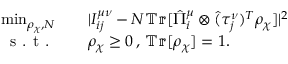
\begin{array} { r l } { \operatorname* { m i n } _ { \rho _ { \chi } , N } \quad } & { | I _ { i j } ^ { \mu \nu } - N \mathbb { T r } [ \hat { \Pi } _ { i } ^ { \mu } \otimes \hat { ( } \tau _ { j } ^ { \nu } ) ^ { T } \rho _ { \chi } ] | ^ { 2 } } \\ { \textrm { s . t . } \quad } & { \rho _ { \chi } \geq 0 \, , \, \mathbb { T r } [ \rho _ { \chi } ] = 1 . } \end{array}